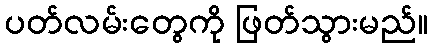
ပတ်လမ်းတွေကို ဖြတ်သွားမည်။